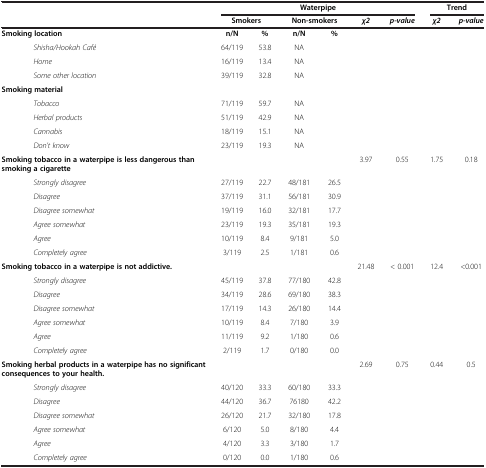
<table><thead><tr><td><b> </b></td><td colspan="6"><b>Waterpipe</b></td><td colspan="2"><b>Trend</b></td></tr><tr><td><b> </b></td><td colspan="2"><b>Smokers</b></td><td colspan="2"><b>Non-smokers</b></td><td><b><i>χ2</i></b></td><td><b><i>p-value</i></b></td><td><b><i>χ2</i></b></td><td><b><i>p-value</i></b></td></tr></thead><tbody><tr><td><b>Smoking location</b></td><td><b>n/N</b></td><td><b>%</b></td><td><b>n/N</b></td><td><b>%</b></td><td> </td><td> </td><td> </td><td> </td></tr><tr><td><i>Shisha/Hookah Café</i></td><td>64/119</td><td>53.8</td><td>NA</td><td> </td><td> </td><td> </td><td> </td><td> </td></tr><tr><td><i>Home</i></td><td>16/119</td><td>13.4</td><td>NA</td><td> </td><td> </td><td> </td><td> </td><td> </td></tr><tr><td><i>Some other location</i></td><td>39/119</td><td>32.8</td><td>NA</td><td> </td><td> </td><td> </td><td> </td><td> </td></tr><tr><td><b>Smoking material</b></td><td> </td><td> </td><td> </td><td> </td><td> </td><td> </td><td> </td><td> </td></tr><tr><td><i>Tobacco</i></td><td>71/119</td><td>59.7</td><td>NA</td><td> </td><td> </td><td> </td><td> </td><td> </td></tr><tr><td><i>Herbal products</i></td><td>51/119</td><td>42.9</td><td>NA</td><td> </td><td> </td><td> </td><td> </td><td> </td></tr><tr><td><i>Cannabis</i></td><td>18/119</td><td>15.1</td><td>NA</td><td> </td><td> </td><td> </td><td> </td><td> </td></tr><tr><td><i>Don’t know</i></td><td>23/119</td><td>19.3</td><td>NA</td><td> </td><td> </td><td> </td><td> </td><td> </td></tr><tr><td><b>Smoking tobacco in a waterpipe is less dangerous than smoking a cigarette</b></td><td> </td><td> </td><td> </td><td> </td><td>3.97</td><td>0.55</td><td>1.75</td><td>0.18</td></tr><tr><td><i>Strongly disagree</i></td><td>27/119</td><td>22.7</td><td>48/181</td><td>26.5</td><td> </td><td> </td><td> </td><td> </td></tr><tr><td><i>Disagree</i></td><td>37/119</td><td>31.1</td><td>56/181</td><td>30.9</td><td> </td><td> </td><td> </td><td> </td></tr><tr><td><i>Disagree somewhat</i></td><td>19/119</td><td>16.0</td><td>32/181</td><td>17.7</td><td> </td><td> </td><td> </td><td> </td></tr><tr><td><i>Agree somewhat</i></td><td>23/119</td><td>19.3</td><td>35/181</td><td>19.3</td><td> </td><td> </td><td> </td><td> </td></tr><tr><td><i>Agree</i></td><td>10/119</td><td>8.4</td><td>9/181</td><td>5.0</td><td> </td><td> </td><td> </td><td> </td></tr><tr><td><i>Completely agree</i></td><td>3/119</td><td>2.5</td><td>1/181</td><td>0.6</td><td> </td><td> </td><td> </td><td> </td></tr><tr><td><b>Smoking tobacco in a waterpipe is not addictive.</b></td><td> </td><td> </td><td> </td><td> </td><td>21.48</td><td>&lt; 0.001</td><td>12.4</td><td>&lt;0.001</td></tr><tr><td><i>Strongly disagree</i></td><td>45/119</td><td>37.8</td><td>77/180</td><td>42.8</td><td> </td><td> </td><td> </td><td> </td></tr><tr><td><i>Disagree</i></td><td>34/119</td><td>28.6</td><td>69/180</td><td>38.3</td><td> </td><td> </td><td> </td><td> </td></tr><tr><td><i>Disagree somewhat</i></td><td>17/119</td><td>14.3</td><td>26/180</td><td>14.4</td><td> </td><td> </td><td> </td><td> </td></tr><tr><td><i>Agree somewhat</i></td><td>10/119</td><td>8.4</td><td>7/180</td><td>3.9</td><td> </td><td> </td><td> </td><td> </td></tr><tr><td><i>Agree</i></td><td>11/119</td><td>9.2</td><td>1/180</td><td>0.6</td><td> </td><td> </td><td> </td><td> </td></tr><tr><td><i>Completely agree</i></td><td>2/119</td><td>1.7</td><td>0/180</td><td>0.0</td><td> </td><td> </td><td> </td><td> </td></tr><tr><td><b>Smoking herbal products in a waterpipe has no significant consequences to your health.</b></td><td> </td><td> </td><td> </td><td> </td><td>2.69</td><td>0.75</td><td>0.44</td><td>0.5</td></tr><tr><td><i>Strongly disagree</i></td><td>40/120</td><td>33.3</td><td>60/180</td><td>33.3</td><td> </td><td> </td><td> </td><td> </td></tr><tr><td><i>Disagree</i></td><td>44/120</td><td>36.7</td><td>76180</td><td>42.2</td><td> </td><td> </td><td> </td><td> </td></tr><tr><td><i>Disagree somewhat</i></td><td>26/120</td><td>21.7</td><td>32/180</td><td>17.8</td><td> </td><td> </td><td> </td><td> </td></tr><tr><td><i>Agree somewhat</i></td><td>6/120</td><td>5.0</td><td>8/180</td><td>4.4</td><td> </td><td> </td><td> </td><td> </td></tr><tr><td><i>Agree</i></td><td>4/120</td><td>3.3</td><td>3/180</td><td>1.7</td><td> </td><td> </td><td> </td><td> </td></tr><tr><td><i>Completely agree</i></td><td>0/120</td><td>0.0</td><td>1/180</td><td>0.6</td><td> </td><td> </td><td> </td><td> </td></tr></tbody></table>